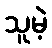
သူမဲ့